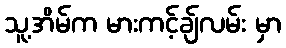
သူ့အိမ်က မားကင့်ချ်လမ်း မှာ